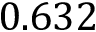
0 . 6 3 2